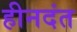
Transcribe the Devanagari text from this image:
हीनदंत